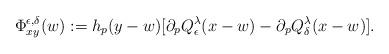
LaTeX: \begin{align*}\Phi_{xy}^{\epsilon,\delta}(w):=h_p(y-w) [\partial_pQ^{\lambda}_{\epsilon}(x-w) - \partial_pQ^{\lambda}_{\delta}(x-w)].\end{align*}